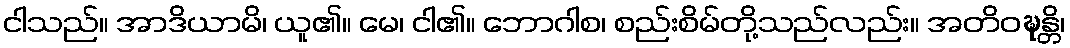
ငါသည်။ အာဒိယာမိ၊ ယူ၏။ မေ၊ ငါ၏။ ဘောဂါစ၊ စည်းစိမ်တို့သည်လည်း။ အတိဝဍ္ဎန္တိ၊